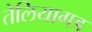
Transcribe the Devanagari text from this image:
तेलियागड